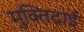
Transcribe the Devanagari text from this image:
मुक्तिदाई